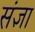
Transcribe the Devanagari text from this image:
संंज्ञा